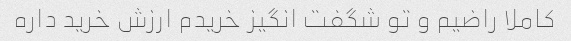
کاملا راضیم و تو شگفت انگیز خریدم ارزش خرید داره